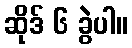
ဆိုဒ် ၆ ခွဲပါ။